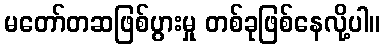
မတော်တဆဖြစ်ပွားမှု တစ်ခုဖြစ်နေလို့ပါ။